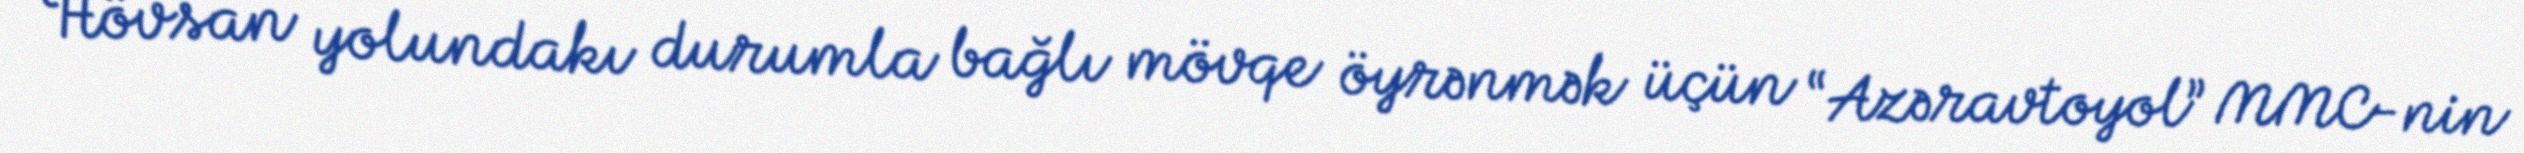
Hövsan yolundakı durumla bağlı mövqe öyrənmək üçün “Azəravtoyol” MMC-nin